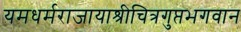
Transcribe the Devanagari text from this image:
यमधर्मराजायाश्रीचित्रगुप्तभगवान